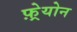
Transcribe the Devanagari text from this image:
फ़्रेयोन